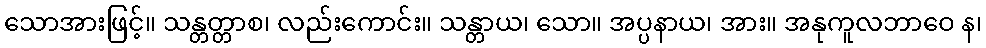
သောအားဖြင့်။ သန္တတ္တာစ၊ လည်းကောင်း။ သန္တာယ၊ သော။ အပ္ပနာယ၊ အား။ အနုကူလဘာဝေ န၊